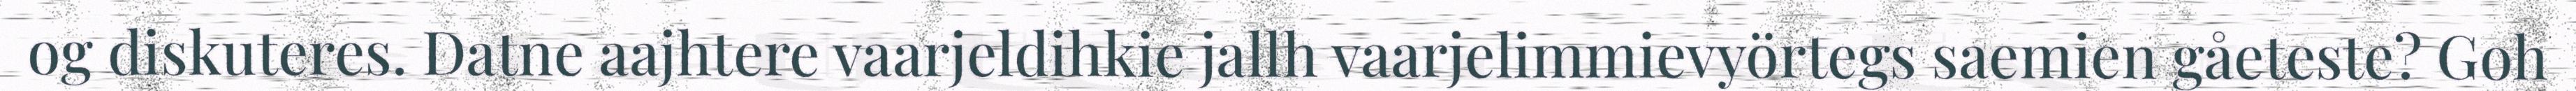
og diskuteres. Datne aajhtere vaarjeldihkie jallh vaarjelimmievyörtegs saemien gåeteste? Goh